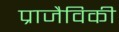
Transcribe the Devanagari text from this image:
प्राजैविकी